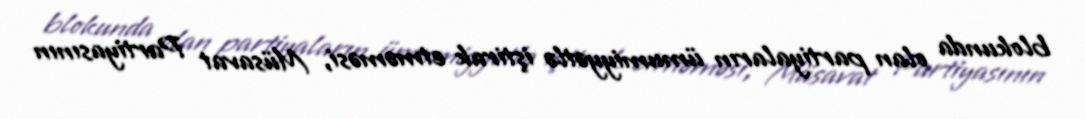
blokunda olan partiyaların ümumiyyətlə iştirak etməməsi, Müsavat Partiyasının